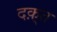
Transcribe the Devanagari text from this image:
दक़्त